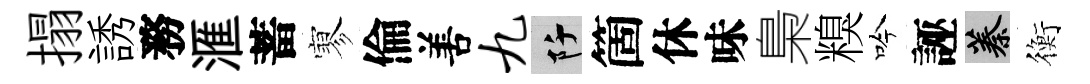
搨誘務滙蓄寥倫𠵊九阡箇休味梟糗吟誣蓁衡